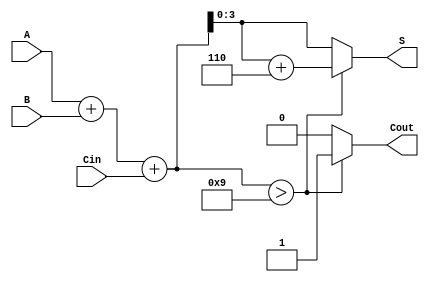
module BCD_Hybrid_Adder (
    input [3:0] A,     // 4-bit BCD input A
    input [3:0] B,     // 4-bit BCD input B
    input Cin,         // Carry-in input
    output reg [3:0] S, // 4-bit BCD output
    output reg Cout     // Carry-out output
);

    wire [4:0] Sum;    // 5-bit sum to accommodate carry
    wire correction;    // Flag for correction

    // Step 1: Binary addition of A, B, and Cin
    assign Sum = A + B + Cin;

    // Step 2: Determine if correction is needed
    assign correction = Sum > 5'b01001; // Check if Sum exceeds 9

    // Step 3: BCD Correction Logic
    always @(*) begin
        if (correction) begin
            S = Sum + 5'b00110; // Add 6 (0110) to correct the BCD
            Cout = 1;           // Set carry-out
        end else begin
            S = Sum[3:0];       // No correction needed, take lower 4 bits
            Cout = 0;           // No carry-out
        end
    end

endmodule